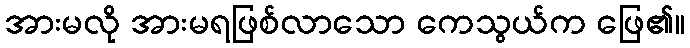
အားမလို အားမရဖြစ်လာသော ကေသွယ်က ဖြေ၏။